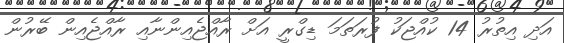
އަދި އިތުރު 14 ކުއްޖަކު ފުރަތަމަ ޑިގްރީ އަށް ރާއްޖެއިންނާއި ރާއްޖެއިން ބޭރުން